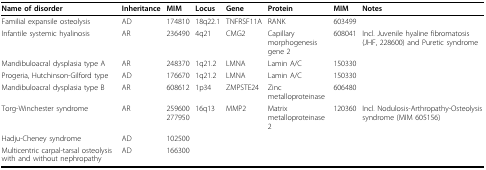
<table><thead><tr><td><b>Name of disorder</b></td><td><b>Inheritance</b></td><td><b>MIM</b></td><td><b>Locus</b></td><td><b>Gene</b></td><td><b>Protein</b></td><td><b>MIM</b></td><td><b>Notes</b></td></tr></thead><tbody><tr><td>Familial expansile osteolysis</td><td>AD</td><td>174810</td><td>18q22.1</td><td>TNFRSF11A</td><td>RANK</td><td>603499</td><td></td></tr><tr><td>Infantile systemic hyalinosis</td><td>AR</td><td>236490</td><td>4q21</td><td>CMG2</td><td>Capillary morphogenesis gene 2</td><td>608041</td><td>Incl. Juvenile hyaline fibromatosis (JHF, 228600) and Puretic syndrome</td></tr><tr><td>Mandibuloacral dysplasia type A</td><td>AR</td><td>248370</td><td>1q21.2</td><td>LMNA</td><td>Lamin A/C</td><td>150330</td><td></td></tr><tr><td>Progeria, Hutchinson-Gilford type</td><td>AD</td><td>176670</td><td>1q21.2</td><td>LMNA</td><td>Lamin A/C</td><td>150330</td><td></td></tr><tr><td>Mandibuloacral dysplasia type B</td><td>AR</td><td>608612</td><td>1p34</td><td>ZMPSTE24</td><td>Zinc metalloproteinase</td><td>606480</td><td></td></tr><tr><td>Torg-Winchester syndrome</td><td>AR</td><td>259600277950</td><td>16q13</td><td>MMP2</td><td>Matrix metalloproteinase 2</td><td>120360</td><td>Incl. Nodulosis-Arthropathy-Osteolysis syndrome (MIM 605156)</td></tr><tr><td>Hadju-Cheney syndrome</td><td>AD</td><td>102500</td><td></td><td></td><td></td><td></td><td></td></tr><tr><td>Multicentric carpal-tarsal osteolysis with and without nephropathy</td><td>AD</td><td>166300</td><td></td><td></td><td></td><td></td><td></td></tr></tbody></table>